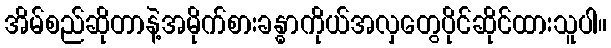
အိမ်စည်ဆိုတာနဲ့အမိုက်စားခန္ဓာကိုယ်အလှတွေပိုင်ဆိုင်ထားသူပါ။